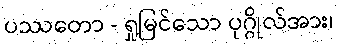
ပဿတော - ရှုမြင်သော ပုဂ္ဂိုလ်အား၊